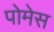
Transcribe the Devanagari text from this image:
पोमेस